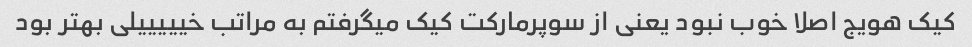
کیک هویج اصلا خوب نبود یعنی از سوپرمارکت کیک میگرفتم به مراتب خیییییلی بهتر بود